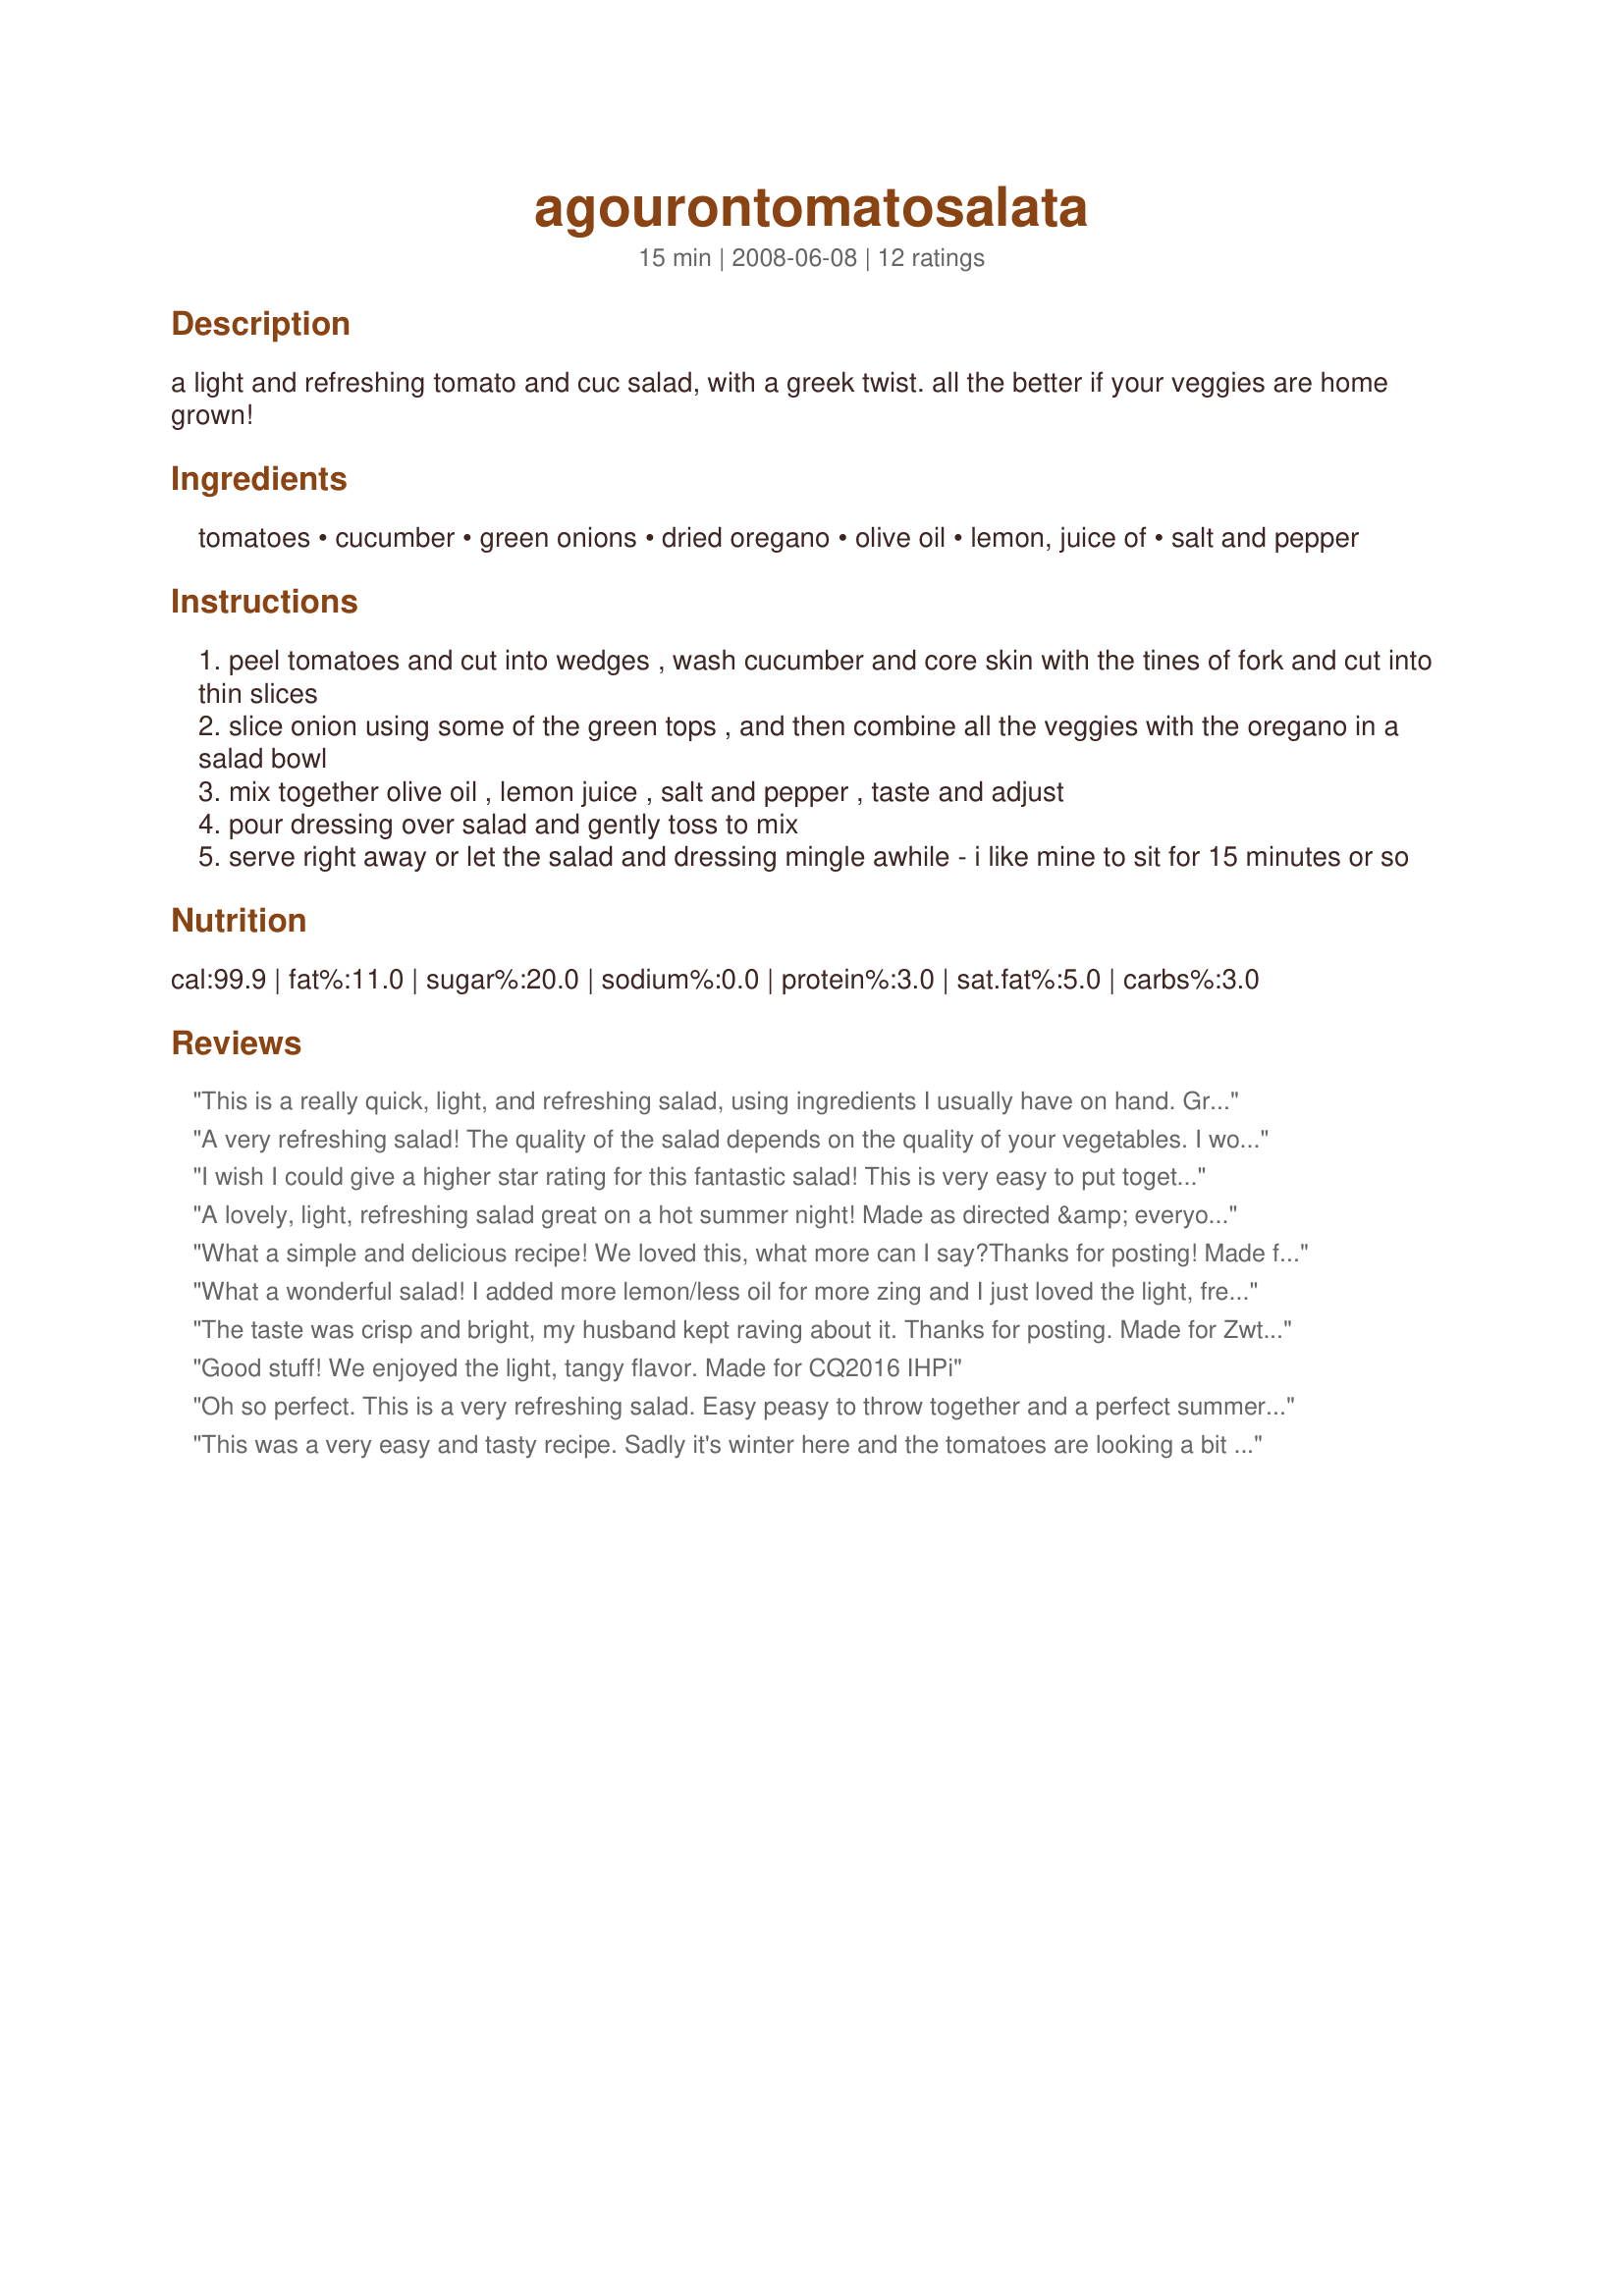
agourontomatosalata
Preparation time: 15 minutes

a light and refreshing tomato and cuc salad, with a greek twist. all the better if your veggies are home grown!

Ingredients:
tomatoes, cucumber, green onions, dried oregano, olive oil, lemon, juice of, salt and pepper

Steps:
peel tomatoes and cut into wedges , wash cucumber and core skin with the tines of fork and cut into thin slices
slice onion using some of the green tops , and then combine all the veggies with the oregano in a salad bowl
mix together olive oil , lemon juice , salt and pepper , taste and adjust
pour dressing over salad and gently toss to mix
serve right away or let the salad and dressing mingle awhile - i like mine to sit for 15 minutes or so

Reviews:
This is a really quick, light, and refreshing salad, using ingredients I usually have on hand. Great for summertime. Thanks for sharing the recipe.
A very refreshing salad! The quality of the salad depends on the quality of your vegetables. I would definitely let this salad sit at least 15-30 minutes to let the flavors marry before serving. You can substitute mint for the oregano and you have a Moroccan salad.
I wish I could give a higher star rating for this fantastic salad! This is very easy to put together but the flavors sure make you think it was much harder. Served after being in the refrigerator for about 1/2 hour with grilled chicken. Cant wait to make this again! Made and reviewed for the Culinary Quest 2016 - Greece.
A lovely, light, refreshing salad great on a hot summer night! Made as directed &amp; everyone loved it. Very quick &amp; simple to make. Made for ZWT9, Mike &amp; the Appliance Killers.
What a simple and delicious recipe! We loved this, what more can I say?Thanks for posting! Made for ZWT 6 :)
What a wonderful salad! I added more lemon/less oil for more zing and I just loved the light, fresh flavour and the dressing was just perfect for me. Thanks for sharing!
The taste was crisp and bright, my husband kept raving about it. Thanks for posting.
Made for Zwt6 and the Xtra hot dishes
Good stuff! We enjoyed the light, tangy flavor. Made for CQ2016 IHPi
Oh so perfect. This is a very refreshing salad. Easy peasy to throw together and a perfect summer side. I didn't peel my veggies as we like the extra crunch you get from it. Other than that though I followed this recipe exactly and wouldn't change a thing. Made for ZWT6: No-Nonsense Nibblers.
This was a very easy and tasty recipe. Sadly it's winter here and the tomatoes are looking a bit sickly and pale and don't taste as good as they could but I can imagine this would be even better with fresh summer tomatoes from the garden. I think I might add a bit more oregano next time. Made for the Greek Leg of ZWT6 (Voracious Vagabonds)
Like another reviewer I would say this salad depends on the quality of its fresh ingredients and also agree the salad should sit to let the flavours meld for at least 15 minutes. I omitted the onions and served this along with Recipe #69909 and Recipe #355410.
My ingredients were not the freshest and I can imagine this being even more stellar with fresh picked tomatoes and cukes from the garden. As it was, it was very easy to put together and made for a refreshing dinner salad. We let the salad sit as recommended and DH thought it benefitted from a little more oregano. Thanks! Made for ZWT 9.
